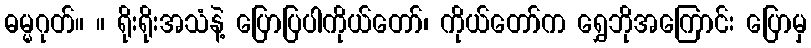
ဓမ္မဂုတ်။ ။ ရိုးရိုးအသံနဲ့ ပြောပြပါကိုယ်တော်၊ ကိုယ်တော်က ရွှေဘိုအကြောင်း ပြောမှ